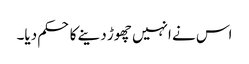
اس نے انہیں چھوڑ دینے کا حکم دیا۔